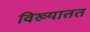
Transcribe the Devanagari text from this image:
विख्यातत